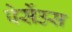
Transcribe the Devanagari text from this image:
पेर्सेउस